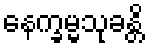
နေက္ခမ္မသုခန္တိ